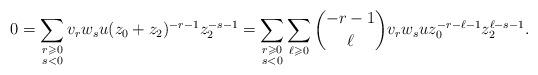
LaTeX: \begin{align*}0=\sum_{\substack{r\geqslant 0\\s<0}} v_r w_s u (z_0 +z_2)^{-r-1} z_2^{-s-1}=\sum_{\substack{r\geqslant 0\\s<0}}\sum_{\ell\geqslant 0}\binom{-r-1}{\ell}v_r w_s u z_0^{-r-\ell-1} z_2^{\ell-s-1}.\end{align*}